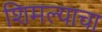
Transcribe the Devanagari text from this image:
शिमल्याचा